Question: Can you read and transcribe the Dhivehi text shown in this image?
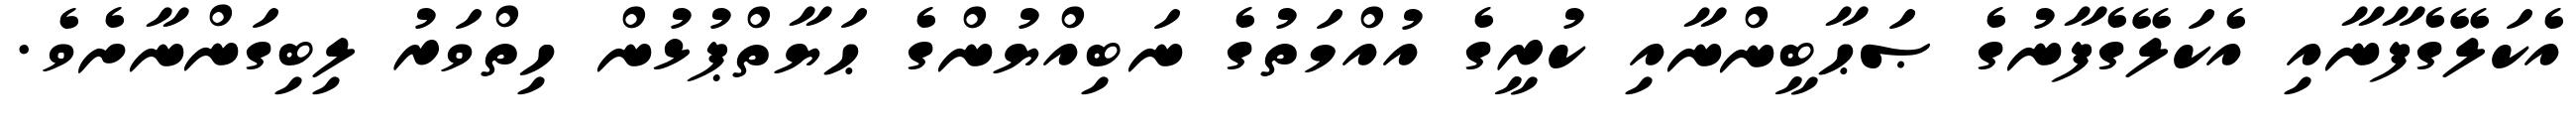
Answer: އެކަލޭގެފާނާއި އެކަލޭގެފާނުގެ ޞަޙާބީންނާއި ކުރީގެ އުއްމަތުގެ ނަބިއްޔުންގެ ޙަޔާތްޕުޅުން ހިތްވަރު ލިބިގަންނާށެވެ.